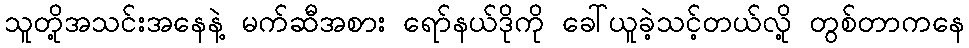
သူတို့အသင်းအနေနဲ့ မက်ဆီအစား ရော်နယ်ဒိုကို ခေါ်ယူခဲ့သင့်တယ်လို့ တွစ်တာကနေ